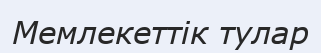
Мемлекеттік тулар